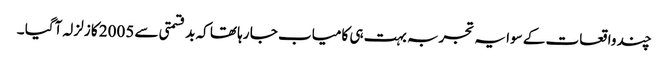
چند واقعات کے سوا یہ تجربہ بہت ہی کامیاب جا رہا تھا کہ بد قسمتی سے 2005 کا زلزلہ آگیا ۔